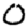
Digit: 0